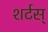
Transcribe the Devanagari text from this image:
शर्टस्